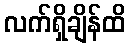
လက်ရှိချိန်ထိ